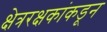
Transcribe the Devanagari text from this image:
क्षेत्ररक्षकांकडून